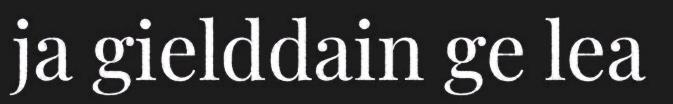
ja gielddain ge lea